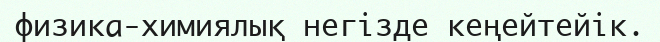
физика-химиялық негізде кеңейтейік.